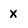
Character: X